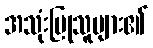
အသုံးပြုသူများ၏